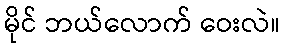
မိုင် ဘယ်လောက် ဝေးလဲ။